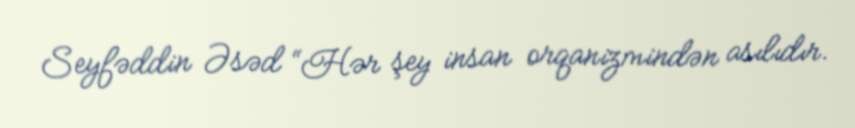
Seyfəddin Əsəd “Hər şey insan orqanizmindən asılıdır.